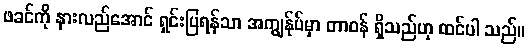
ဖခင်ကို နားလည်အောင် ရှင်းပြရန်သာ အကျွန်ုပ်မှာ တာဝန် ရှိသည်ဟု ထင်ပါ သည်။